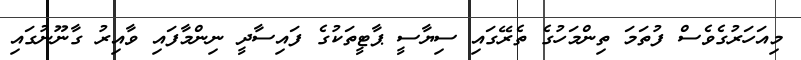
މިއަހަރުގެވެސް ފުތަމަ ތިންމަހުގެ ތެރޭގައި ސިޔާސީ ޕާޓީތަކުގެ ފައިސާދީ ނިންމާފައި ވާއިރު ގާނޫނުގައި